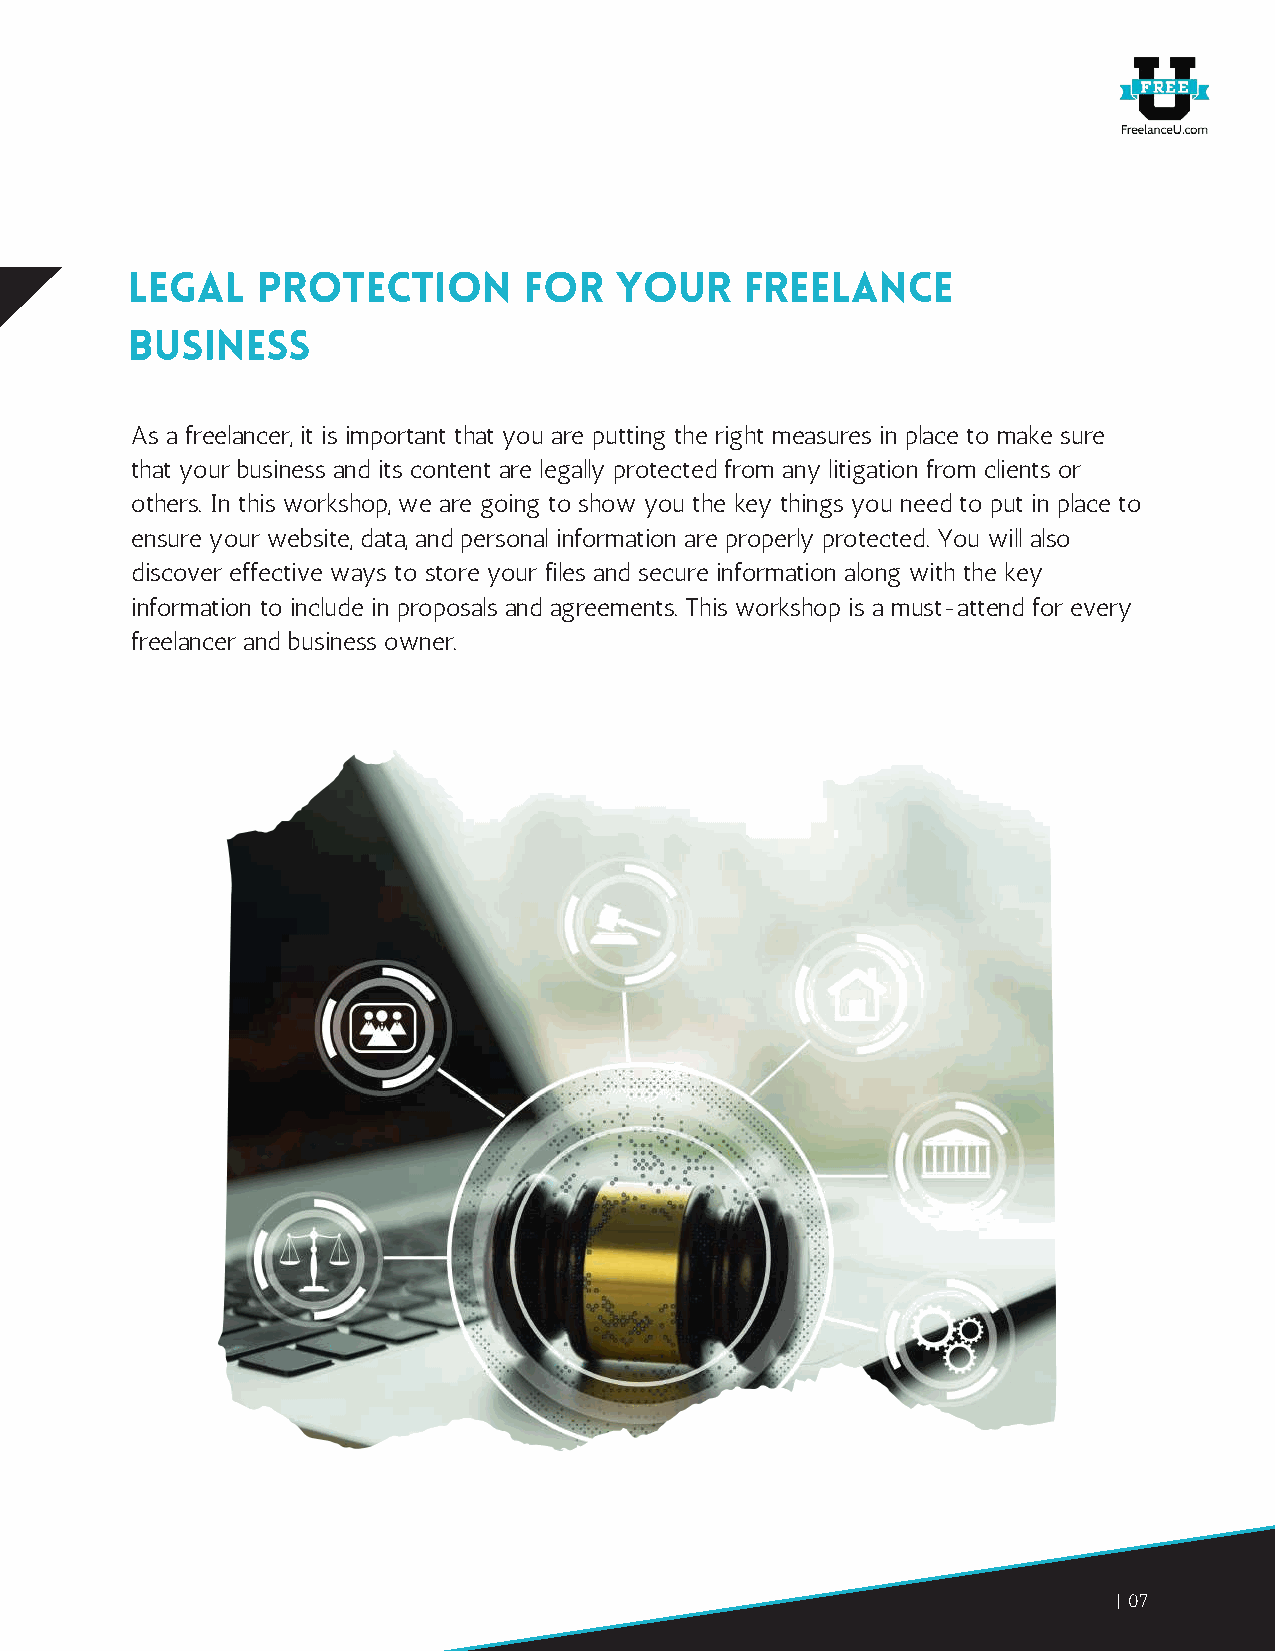
Legal    Protection        for   your    Freelance
 Business
 As a freelancer, it is important that you are putting the right measures in place to make sure
 that your business and its content are legally protected from any litigation from clients or
 others. In this workshop, we are going to show you the key things you need to put in place to
 ensure your website, data, and personal information are properly protected. You will also
 discover effective ways to store your files and secure information along with the key
 information to include in proposals and agreements. This workshop is a must-attend for every
 freelancer and business owner.
 07